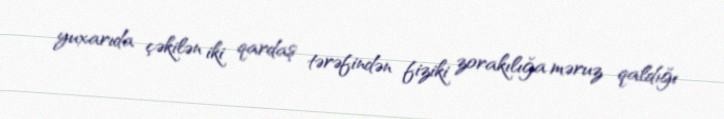
yuxarıda çəkilən iki qardaş tərəfindən fiziki zorakılığa məruz qaldığı